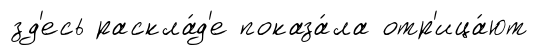
зд'есь раскла́д'е показа́ла отр'ица́ют